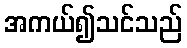
အကယ်၍သင်သည်